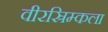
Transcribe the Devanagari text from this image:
वीरस्रिम्कला